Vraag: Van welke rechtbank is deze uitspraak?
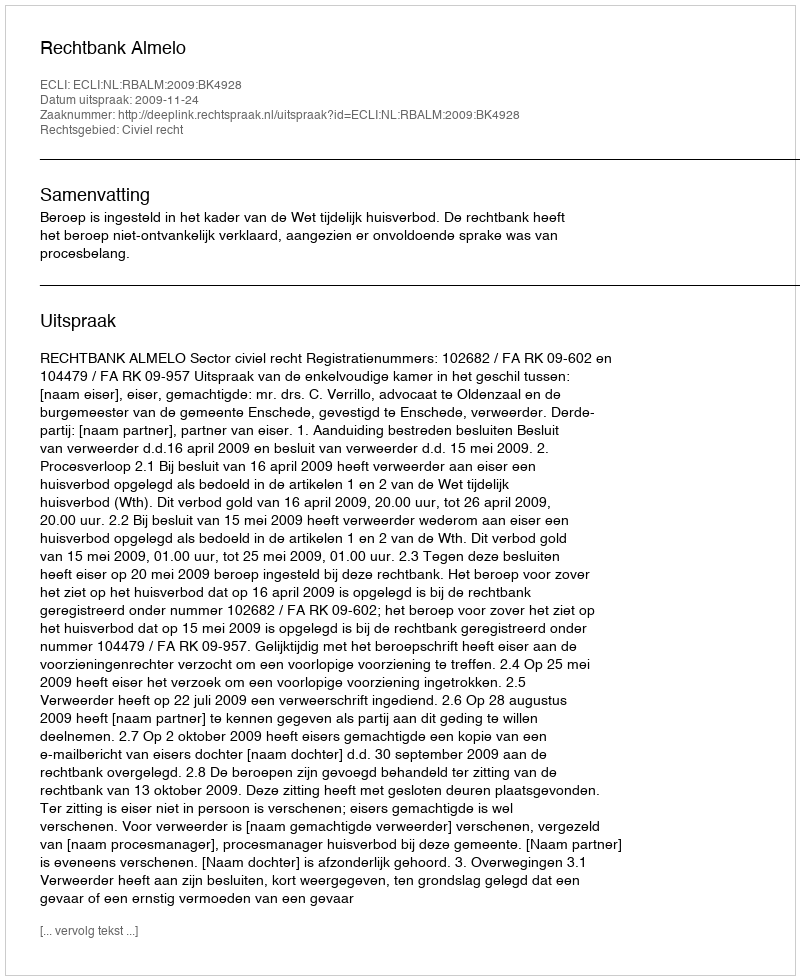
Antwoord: Rechtbank Almelo